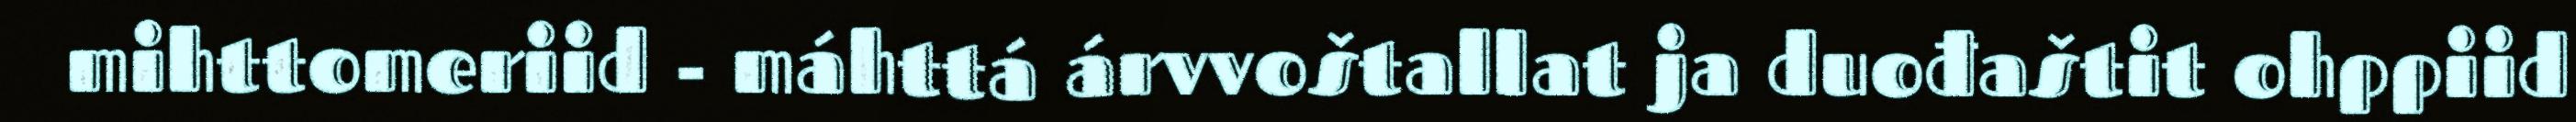
mihttomeriid - máhttá árvvoštallat ja duođaštit ohppiid